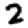
Digit: 2